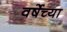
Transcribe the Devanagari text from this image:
वर्षेच्या